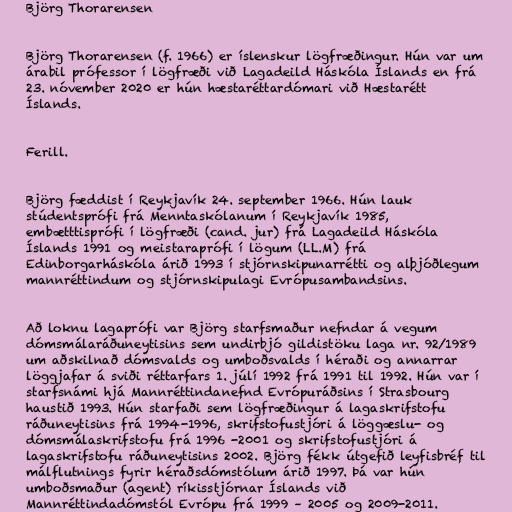
Björg Thorarensen

Björg Thorarensen (f. 1966) er íslenskur lögfræðingur. Hún var um
árabil prófessor í lögfræði við Lagadeild Háskóla Íslands en frá
23. nóvember 2020 er hún hæstaréttardómari við Hæstarétt
Íslands.

Ferill.

Björg fæddist í Reykjavík 24. september 1966. Hún lauk
stúdentsprófi frá Menntaskólanum í Reykjavík 1985,
embætttisprófi í lögfræði (cand. jur) frá Lagadeild Háskóla
Íslands 1991 og meistaraprófi í lögum (LL.M) frá
Edinborgarháskóla árið 1993 í stjórnskipunarrétti og alþjóðlegum
mannréttindum og stjórnskipulagi Evrópusambandsins.

Að loknu lagaprófi var Björg starfsmaður nefndar á vegum
dómsmálaráðuneytisins sem undirbjó gildistöku laga nr. 92/1989
um aðskilnað dómsvalds og umboðsvalds í héraði og annarrar
löggjafar á sviði réttarfars 1. júlí 1992 frá 1991 til 1992. Hún var í
starfsnámi hjá Mannréttindanefnd Evrópuráðsins í Strasbourg
haustið 1993. Hún starfaði sem lögfræðingur á lagaskrifstofu
ráðuneytisins frá 1994-1996, skrifstofustjóri á löggæslu- og
dómsmálaskrifstofu frá 1996 -2001 og skrifstofustjóri á
lagaskrifstofu ráðuneytisins 2002. Björg fékk útgefið leyfisbréf til
málflutnings fyrir héraðsdómstólum árið 1997. Þá var hún
umboðsmaður (agent) ríkisstjórnar Íslands við
Mannréttindadómstól Evrópu frá 1999 – 2005 og 2009-2011.